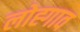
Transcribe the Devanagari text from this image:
लोह्गाव